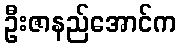
ဦးဇာနည်အောင်က